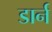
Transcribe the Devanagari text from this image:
डार्न